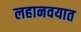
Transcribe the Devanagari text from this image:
लहानवयात